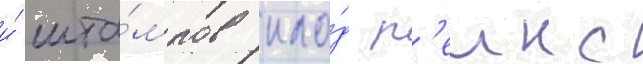
и́ шта́мпов кло́д р'еинс